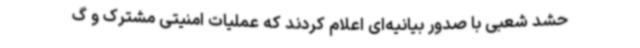
حشد شعبی با صدور بیانیه‌ای اعلام کردند که عملیات امنیتی مشترک و گ